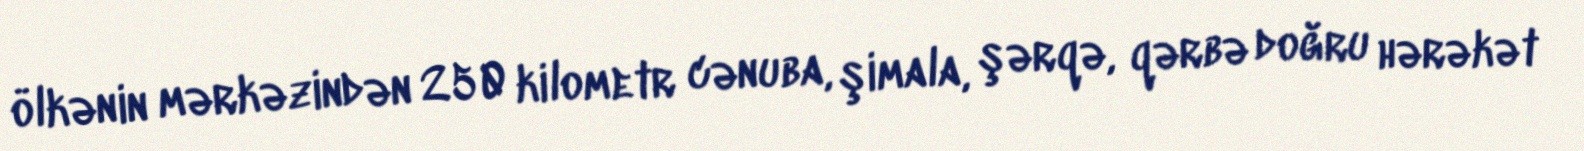
ölkənin mərkəzindən 250 kilometr cənuba, şimala, şərqə, qərbə doğru hərəkət